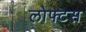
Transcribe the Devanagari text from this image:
लोफ्टस